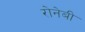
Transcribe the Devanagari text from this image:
रोनेबी